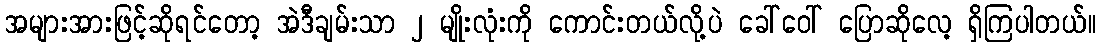
အများအားဖြင့်ဆိုရင်တော့ အဲဒီချမ်းသာ ၂ မျိုးလုံးကို ကောင်းတယ်လို့ပဲ ခေါ်ဝေါ် ပြောဆိုလေ့ ရှိကြပါတယ်။